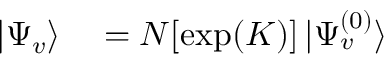
\begin{array} { r l } { | \Psi _ { v } \rangle } & { { } = N [ \exp ( K ) ] \, | \Psi _ { v } ^ { ( 0 ) } \rangle } \end{array}